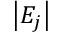
\left\vert E _ { j } \right\vert